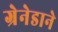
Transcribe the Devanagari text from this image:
ग्रेनेडाने